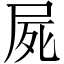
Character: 屍